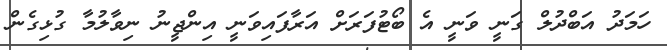
ހަމަދު އަބްދުލް ގަނީ ވަނީ އެ ބޯޓުފަރަށް އަރާފައިވަނީ އިންޖީނު ނިވާލުމާ ގުޅިގެން